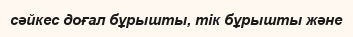
сәйкес доғал бұрышты, тік бұрышты және